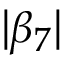
| \beta _ { 7 } |